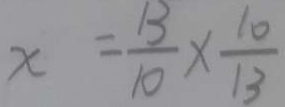
x = \frac { 1 3 } { 1 0 } \times \frac { 1 0 } { 1 3 }